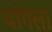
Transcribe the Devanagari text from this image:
थांगला